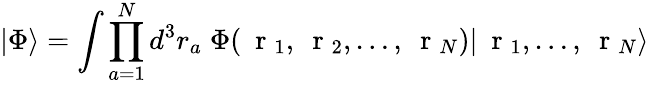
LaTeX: |\Phi\rangle=\int\prod_{a=1}^{N}d^{3}r_{a}\; \Phi(\mathrm{~\mathbf~r~}_{1},\mathrm{~\mathbf~r~}_{2},\dots,\mathrm{~\mathbf~r~}_{N})|\mathrm{~\mathbf~r~}_{1},\dots,\mathrm{~\mathbf~r~}_{N}\rangle